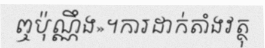
ឮប៉ុណ្ណឹង»។ការដាក់តាំងវត្ថុ